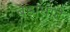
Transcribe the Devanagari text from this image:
बेड़ाघाट